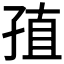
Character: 𡥰